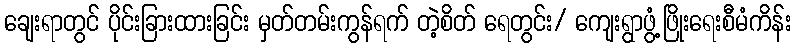
ချေးရာတွင် ပိုင်းခြားထားခြင်း မှတ်တမ်းကွန်ရက် တဲ့စိတ် ရေတွင်း/ ကျေးရွာဖွံ့ဖြိုးရေးစီမံကိန်း